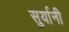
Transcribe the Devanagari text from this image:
सुर्यानी